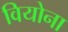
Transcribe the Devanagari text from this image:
वियोना